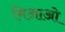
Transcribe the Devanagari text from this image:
मिआओ